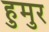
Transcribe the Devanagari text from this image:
हुमुर